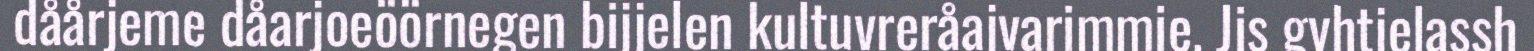
dåårjeme dåarjoeöörnegen bijjelen kultuvreråajvarimmie. Jis gyhtjelassh